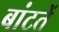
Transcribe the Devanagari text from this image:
बांटतें